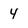
Character: 4